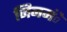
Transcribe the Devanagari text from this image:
जिनमंे